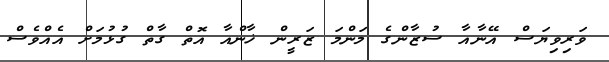
ވަރިވިޔަސް އޭނާއާ ސުޒާންގެ މަންމަ ޒަރީން ޚާންއާ އޮތް ގާތް ގުޅުމަށް އެއްވެސް